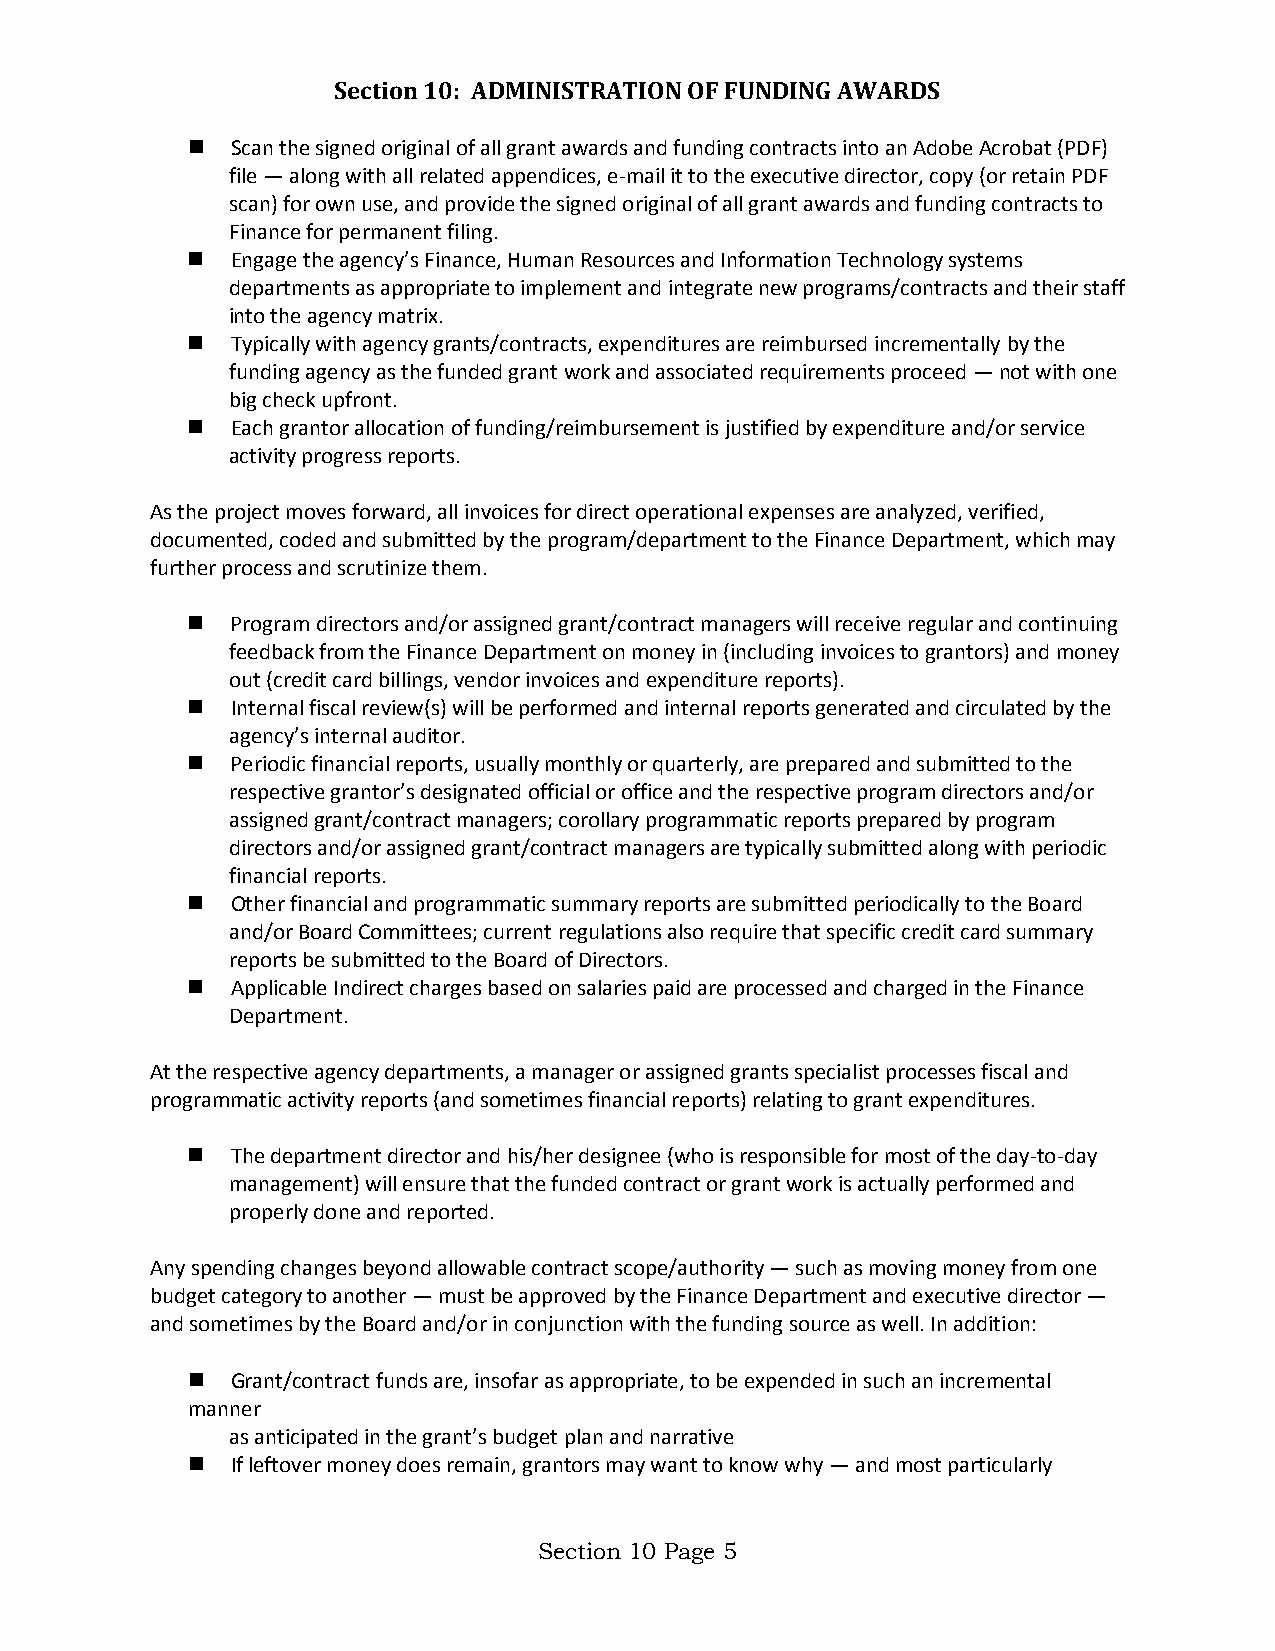
Section 10: ADMINISTRATION OF FUNDING AWARDS
   Scan the signed original of all grant awards and funding contracts into an Adobe Acrobat (PDF)
 file — along with all related appendices, e-mail it to the executive director, copy (or retain PDF
 scan) for own use, and provide the signed original of all grant awards and funding contracts to
 Finance for permanent filing.
   Engage the agency’s Finance, Human Resources and Information Technology systems
 departments as appropriate to implement and integrate new programs/contracts and their staff
 into the agency matrix.
   Typically with agency grants/contracts, expenditures are reimbursed incrementally by the
 funding agency as the funded grant work and associated requirements proceed — not with one
 big check upfront.
   Each grantor allocation of funding/reimbursement is justified by expenditure and/or service
 activity progress reports.
 As the project moves forward, all invoices for direct operational expenses are analyzed, verified,
 documented, coded and submitted by the program/department to the Finance Department, which may
 further process and scrutinize them.
   Program directors and/or assigned grant/contract managers will receive regular and continuing
 feedback from the Finance Department on money in (including invoices to grantors) and money
 out (credit card billings, vendor invoices and expenditure reports).
   Internal fiscal review(s) will be performed and internal reports generated and circulated by the
 agency’s internal auditor.
   Periodic financial reports, usually monthly or quarterly, are prepared and submitted to the
 respective grantor’s designated official or office and the respective program directors and/or
 assigned grant/contract managers; corollary programmatic reports prepared by program
 directors and/or assigned grant/contract managers are typically submitted along with periodic
 financial reports.
   Other financial and programmatic summary reports are submitted periodically to the Board
 and/or Board Committees; current regulations also require that specific credit card summary
 reports be submitted to the Board of Directors.
   Applicable Indirect charges based on salaries paid are processed and charged in the Finance
 Department.
 At the respective agency departments, a manager or assigned grants specialist processes fiscal and
 programmatic activity reports (and sometimes financial reports) relating to grant expenditures.
   The department director and his/her designee (who is responsible for most of the day-to-day
 management) will ensure that the funded contract or grant work is actually performed and
 properly done and reported.
 Any spending changes beyond allowable contract scope/authority — such as moving money from one
 budget category to another — must be approved by the Finance Department and executive director —
 and sometimes by the Board and/or in conjunction with the funding source as well. In addition:
   Grant/contract funds are, insofar as appropriate, to be expended in such an incremental
 manner
 as anticipated in the grant’s budget plan and narrative
   If leftover money does remain, grantors may want to know why — and most particularly
 Section 10 Page 5